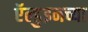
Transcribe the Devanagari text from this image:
ऍल्डुइनच्या